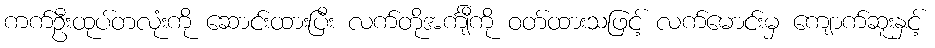
ကက်ဦးထုပ်တလုံးကို ဆောင်းထားပြီး လက်တိုအင်္ကျီကို ဝတ်ထားသဖြင့် လက်မောင်းမှ ကျောက်ဆူးနှင့်